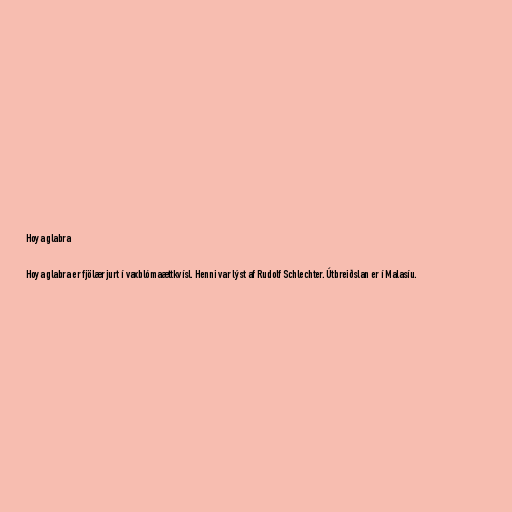
Hoya glabra

Hoya glabra er fjölær jurt í vaxblómaættkvísl. Henni var lýst af Rudolf Schlechter. Útbreiðslan er í Malasíu.